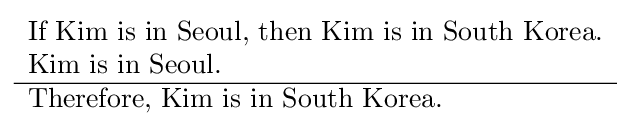
{\begin{array}{l}{\text{If Kim is in Seoul, then Kim is in South Korea.}}\\{\text{Kim is in Seoul.}}\\\hline {\text{Therefore, Kim is in South Korea.}}\end{array}}